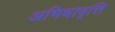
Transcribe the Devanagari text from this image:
अभिधावृत्ति